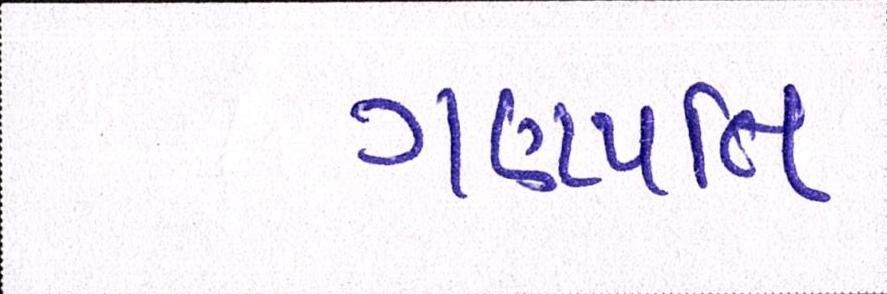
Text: ગણપતિ